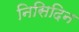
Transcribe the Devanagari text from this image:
निसिदिन